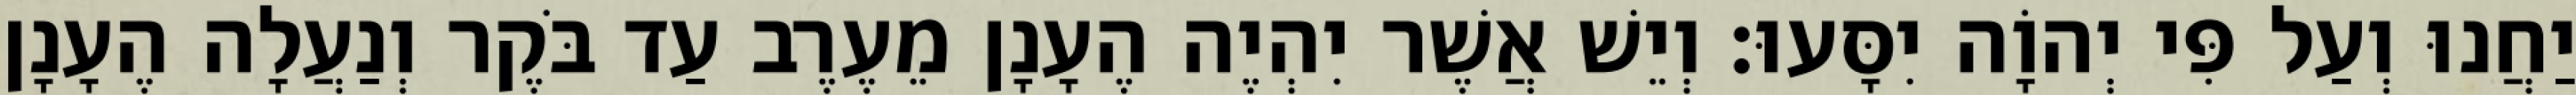
יַחֲנוּ וְעַל פִּי יְהוָֹה יִסָּעוּ׃ וְיֵשׁ אֲשֶׁר יִהְיֶה הֶעָנָן מֵעֶרֶב עַד בֹּקֶר וְנַעֲלָה הֶעָנָן